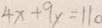
4 x + 9 y = 1 1 0